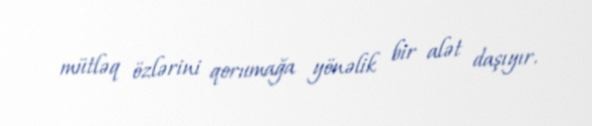
mütləq özlərini qorumağa yönəlik bir alət daşıyır.